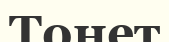
Тонет